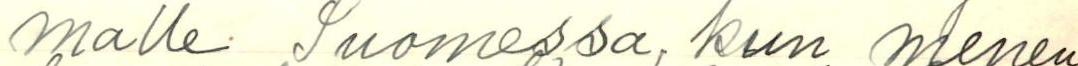
malle Suomessa, kun menen